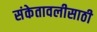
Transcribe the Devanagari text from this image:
संकेतावलीसाठी